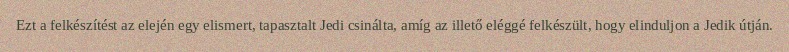
Ezt a felkészítést az elején egy elismert, tapasztalt Jedi csinálta, amíg az illető eléggé felkészült, hogy elinduljon a Jedik útján.